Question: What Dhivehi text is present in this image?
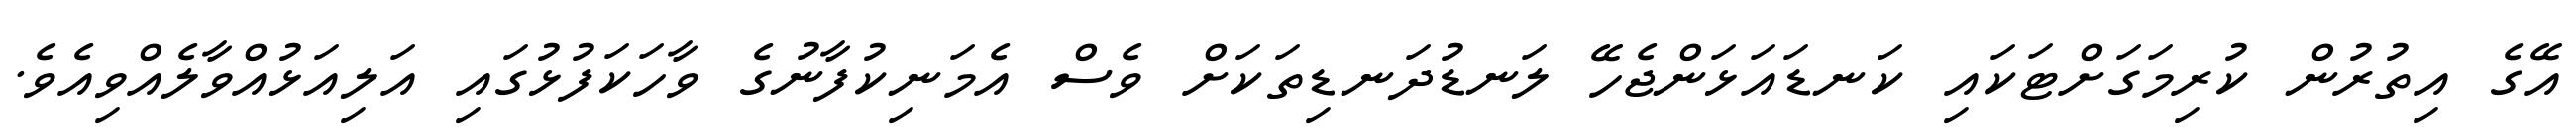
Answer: އޭގެ އިތުރުން ކުރިމަގަށްޓަކައި ކަނޑައަޅަންޖެހޭ ލަނޑުދަނޑިތަކަށް ވެސް އެމަނިކުފާނުގެ ވާހަކަފުޅުގައި އަލިއަޅުއްވާލެއްވިއެވެ.